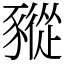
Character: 豵